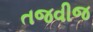
તજવીજ